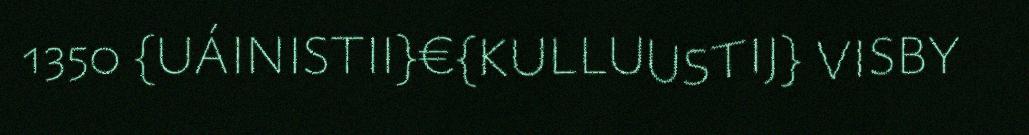
1350 {UÁINISTII}€{KULLUUSTIJ} VISBY